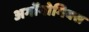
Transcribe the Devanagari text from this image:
अर्गोनोमिक्स